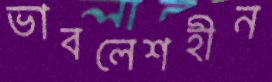
ভাবলেশহীন